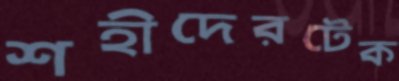
শহীদেরটেক